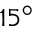
1 5 ^ { \circ }